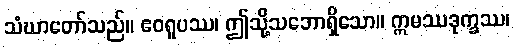
သံဃာတော်သည်။ ဧဝရူပဿ၊ ဤသို့သဘောရှိသော။ ဣမဿဒုက္ခဿ၊